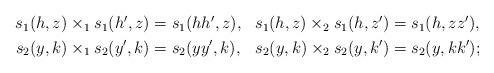
LaTeX: \begin{align*} \begin{aligned} s_1(h,z)\times_1 s_1(h',z) &= s_1(hh',z), & s_1(h,z)\times_2 s_1(h,z') &= s_1(h,zz'),\\ s_2(y,k)\times_1 s_2(y',k) &= s_2(yy',k), & s_2(y,k)\times_2 s_2(y,k') &= s_2(y,kk'); \end{aligned} \end{align*}